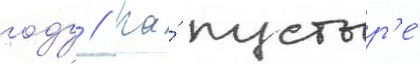
году // На́ пустыр'е́